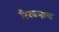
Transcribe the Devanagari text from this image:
तिक्कन्नाचा